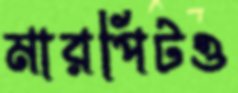
মারপিটও